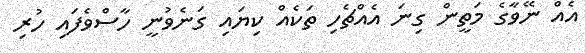
އެއް ނޭވާގެ މަތީން ގިނަ އެއްޗެހި ތަކެއް ކިޔައި ގަނެވުނީ ހާސްވެފައި ހުރި